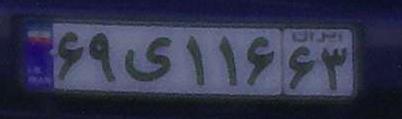
۶۹ی۱۱۶۶۳